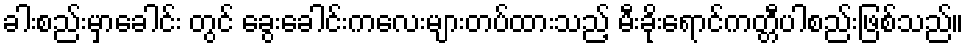
ခါးစည်းမှာခေါင်း တွင် ခွေးခေါင်းကလေးများတပ်ထားသည့် မီးခိုးရောင်ကတ္တီပါစည်းဖြစ်သည်။